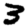
Digit: 3